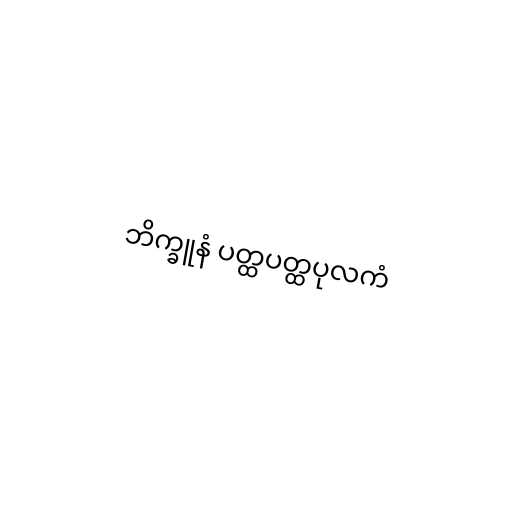
ဘိက္ခူနံ ပတ္ထပတ္ထပုလကံ